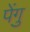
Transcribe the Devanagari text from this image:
पेंगु